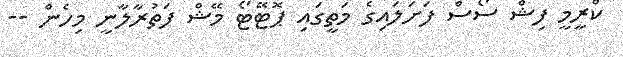
ކްރީމީ ފިޝް ސޯސް ފަށަލައިގެ މަތީގައި ޕޮޓޭޓޯ މޭޝް ފަތުރާލާނީ މިހެން --